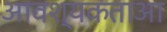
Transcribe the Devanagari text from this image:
आवश्यकताआ